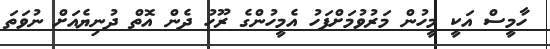
ހާމީސް އަކީ މީހުން މަރުވުމަށްފަހު އެމީހުންގެ ރޫހު ދެން އޮތް ދުނިޔެއަށް ނުވަތަ